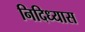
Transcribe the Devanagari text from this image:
निदिध्यास